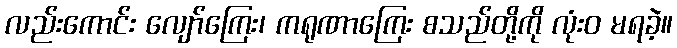
လည်းကောင်း လျော်ကြေး၊ ကရုဏာကြေး စသည်တို့ကို လုံးဝ မရခဲ့။